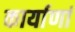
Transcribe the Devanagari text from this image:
कार्याणां